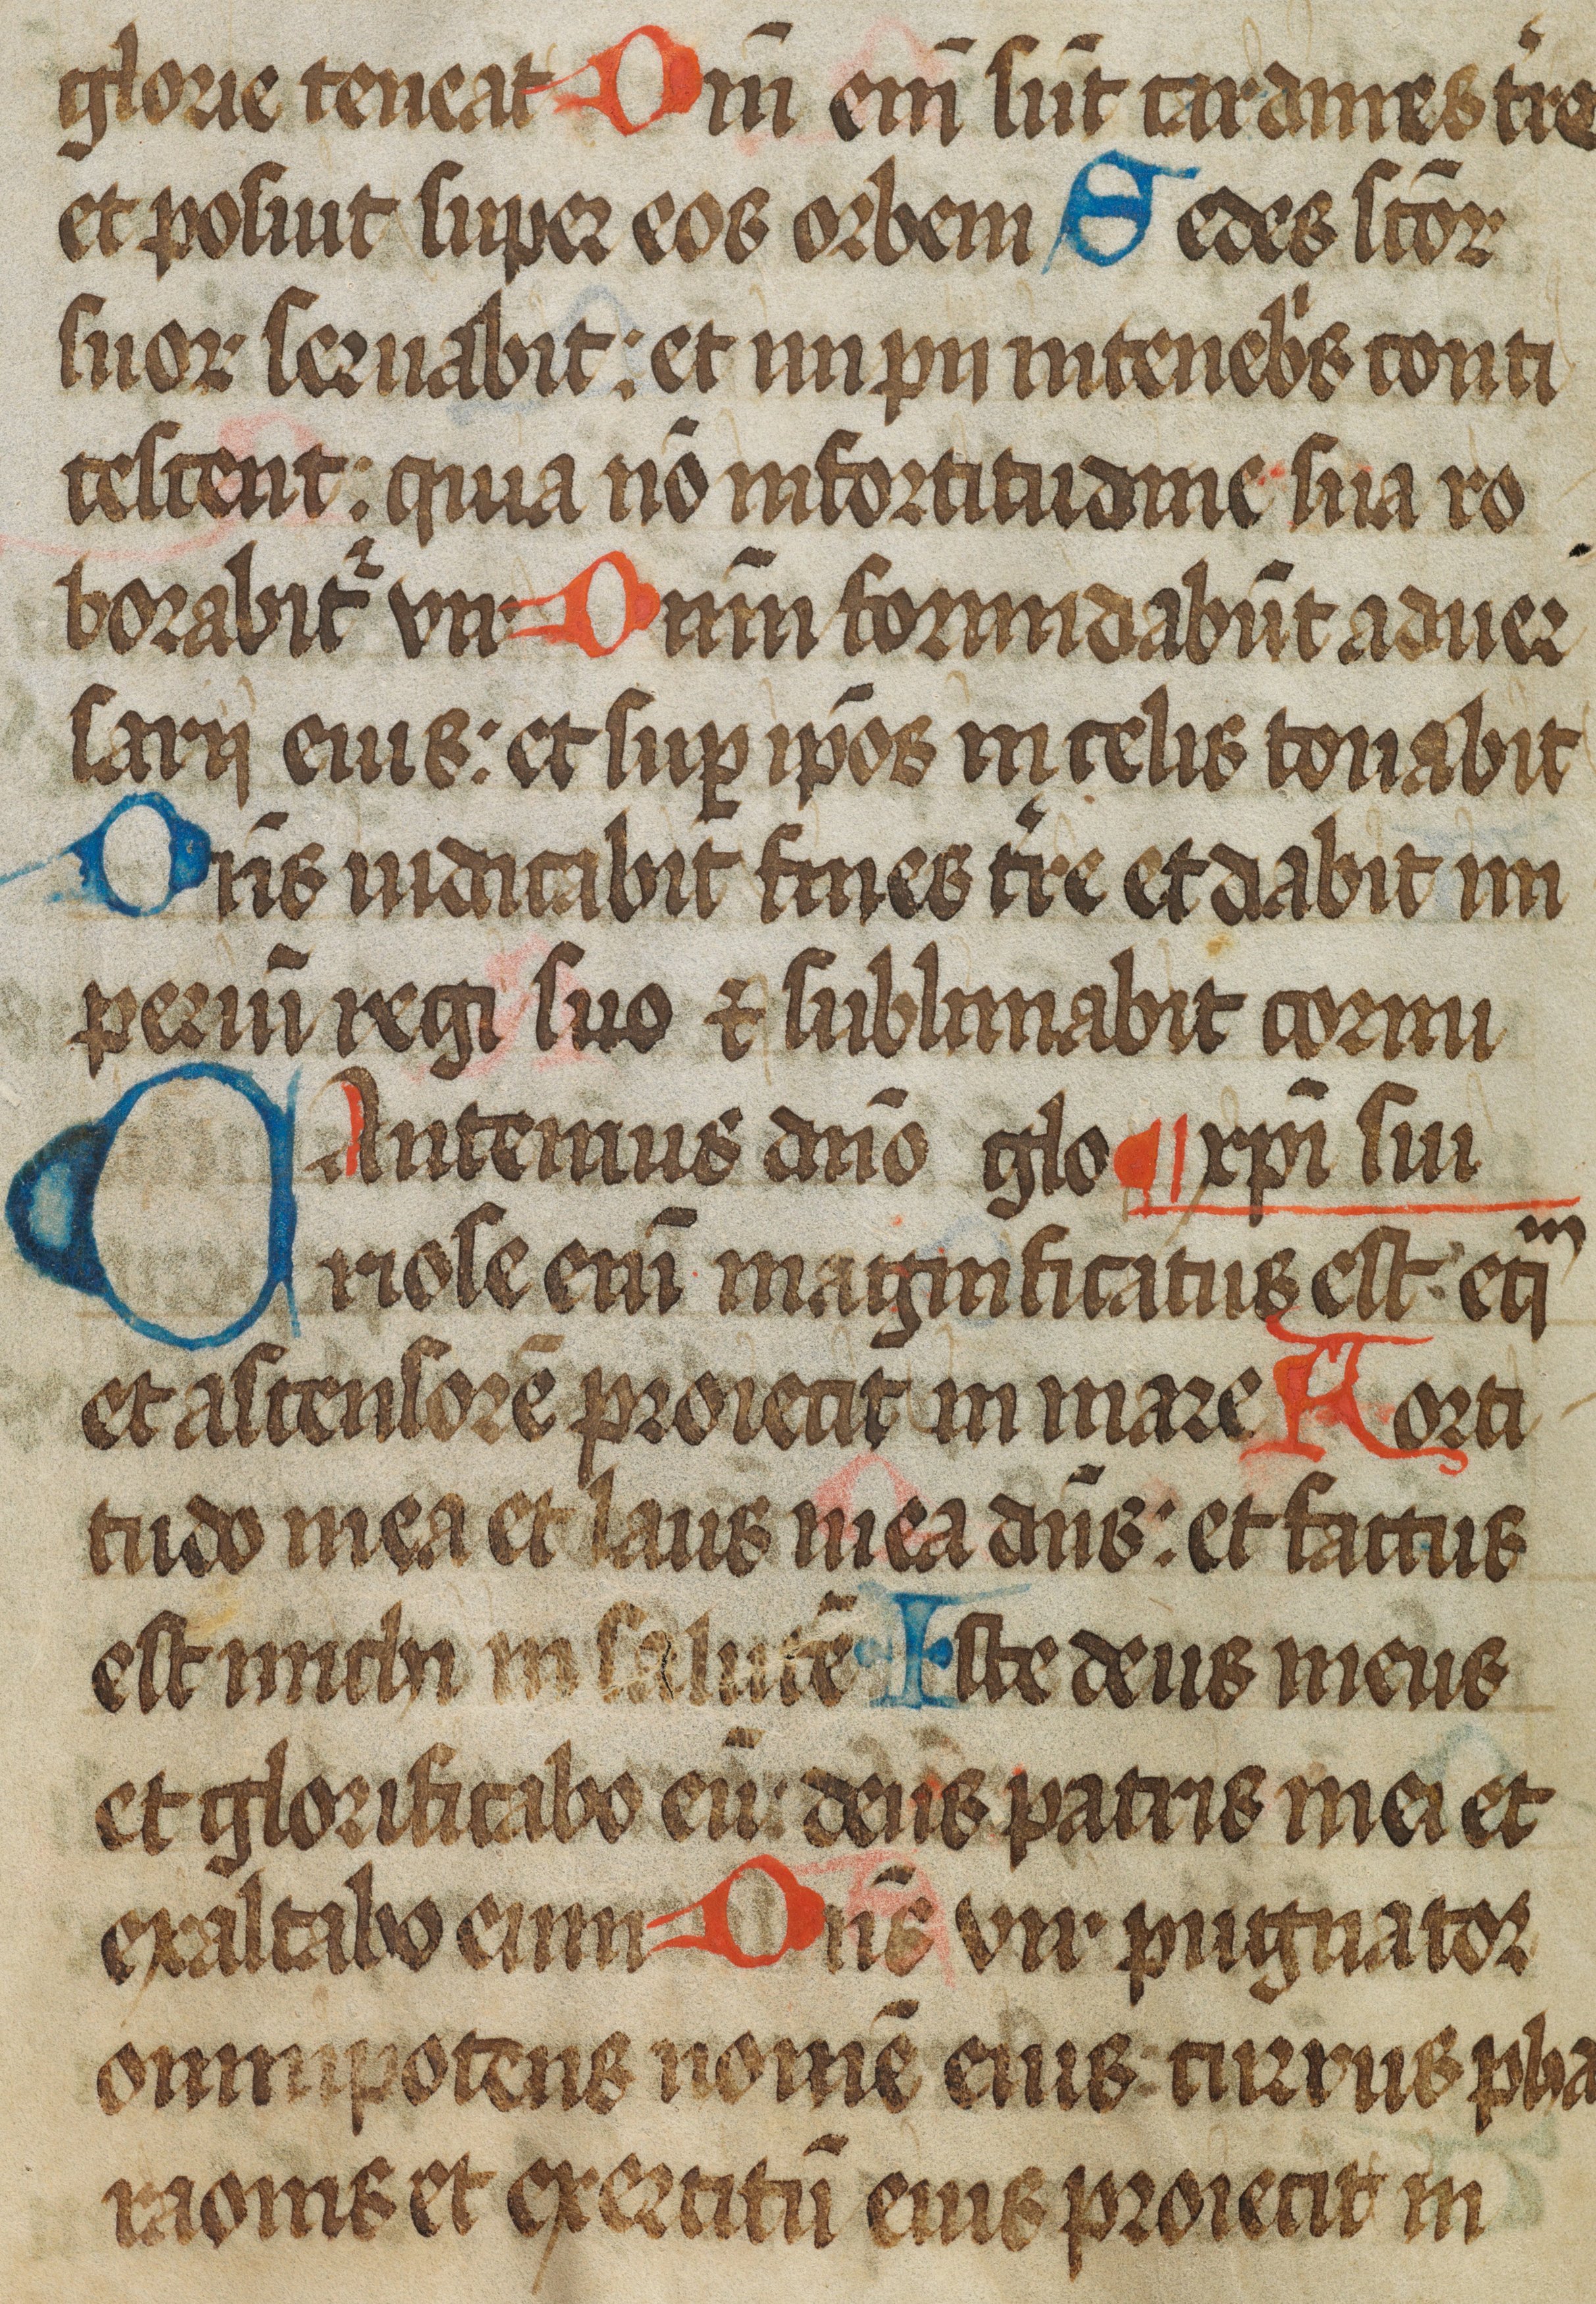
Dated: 1450–1499